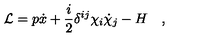
{ \cal L } = p \dot { x } + { \frac { i } { 2 } } \delta ^ { i j } \chi _ { i } \dot { \chi } _ { j } - H \quad ,